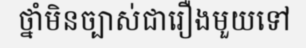
ថ្នាំមិនច្បាស់ជារឿងមួយទៅ